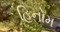
હિનોમ